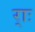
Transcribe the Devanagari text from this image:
र्‍ाः